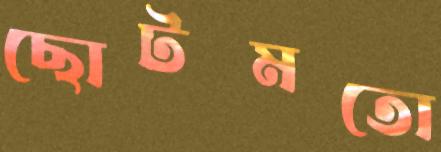
ছোটমতো